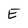
Character: E